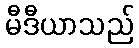
မီဒီယာသည်